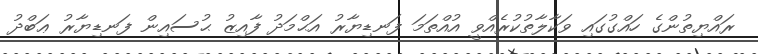
ރައްޔިތުންގެ ހައްގުގައި ވަކާލާތުކުރެއްވީ އުއްތަމަ ފަނޑިޔާރު އަޙްމަދު ފާއިޒު ޙުސައިން ފަނޑިޔާރު ޢަބްދު